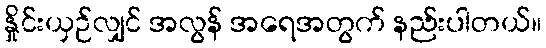
နှိုင်းယှဉ်လျှင် အလွန် အရေအတွက် နည်းပါတယ်။